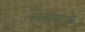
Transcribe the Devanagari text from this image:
असमांगी